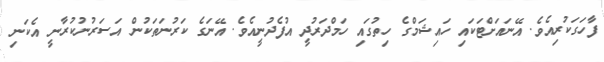
ފާހަގަކުރިއެވެ. އޭނައަށްޓަކައި ހައިޝަމްގެ ހިތުގައި ހަމްދަރުދީ އުފެދުނީއެވެ. އޭނަގެ ކަރުނަތަކުން އަސަރުނުކުރާނީ އެކަނި